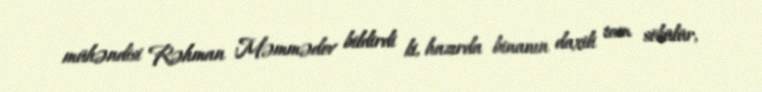
mühəndisi Rəhman Məmmədov bildirdi ki, hazırda binanın daxili tam sökülür,